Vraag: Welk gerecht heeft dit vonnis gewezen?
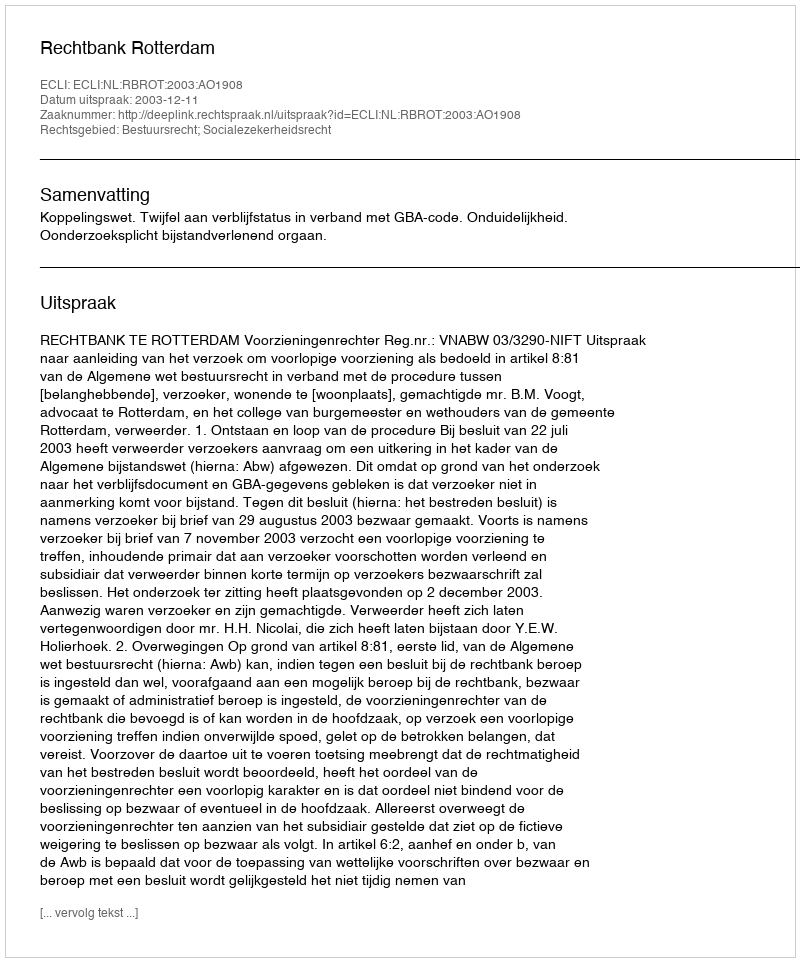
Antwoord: Rechtbank Rotterdam